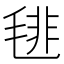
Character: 毴